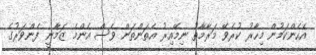
އެހެންކަމުން މިހާރު ކުރެވޭ މަރާމާތު ނިމޭއިރު އެތަންތަން ވެސް އެންމެ ޒަމާނީ ފެންވަރުގެ